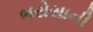
ભરોસાની